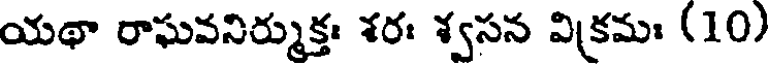
యథా రాఘవనిర్ముక్తః శరః శ్వసన విక్రమః (10)